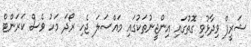
ޝަރީފް ވިދާޅުވި ގޮތުގައި އިންޖީނުތަކުގައި މައްސަލަ ޖެހި ރޯދަ މަހު ވެސް ކަރަންޓް